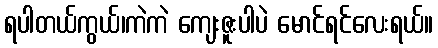
ရပါတယ်ကွယ်၊ကဲကဲ ကျေးဇူးပါပဲ မောင်ရင်လေးရယ်။